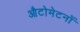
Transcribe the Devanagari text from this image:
औटोमेटनों